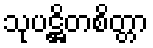
သုပဋ္ဌိတစိတ္တာ